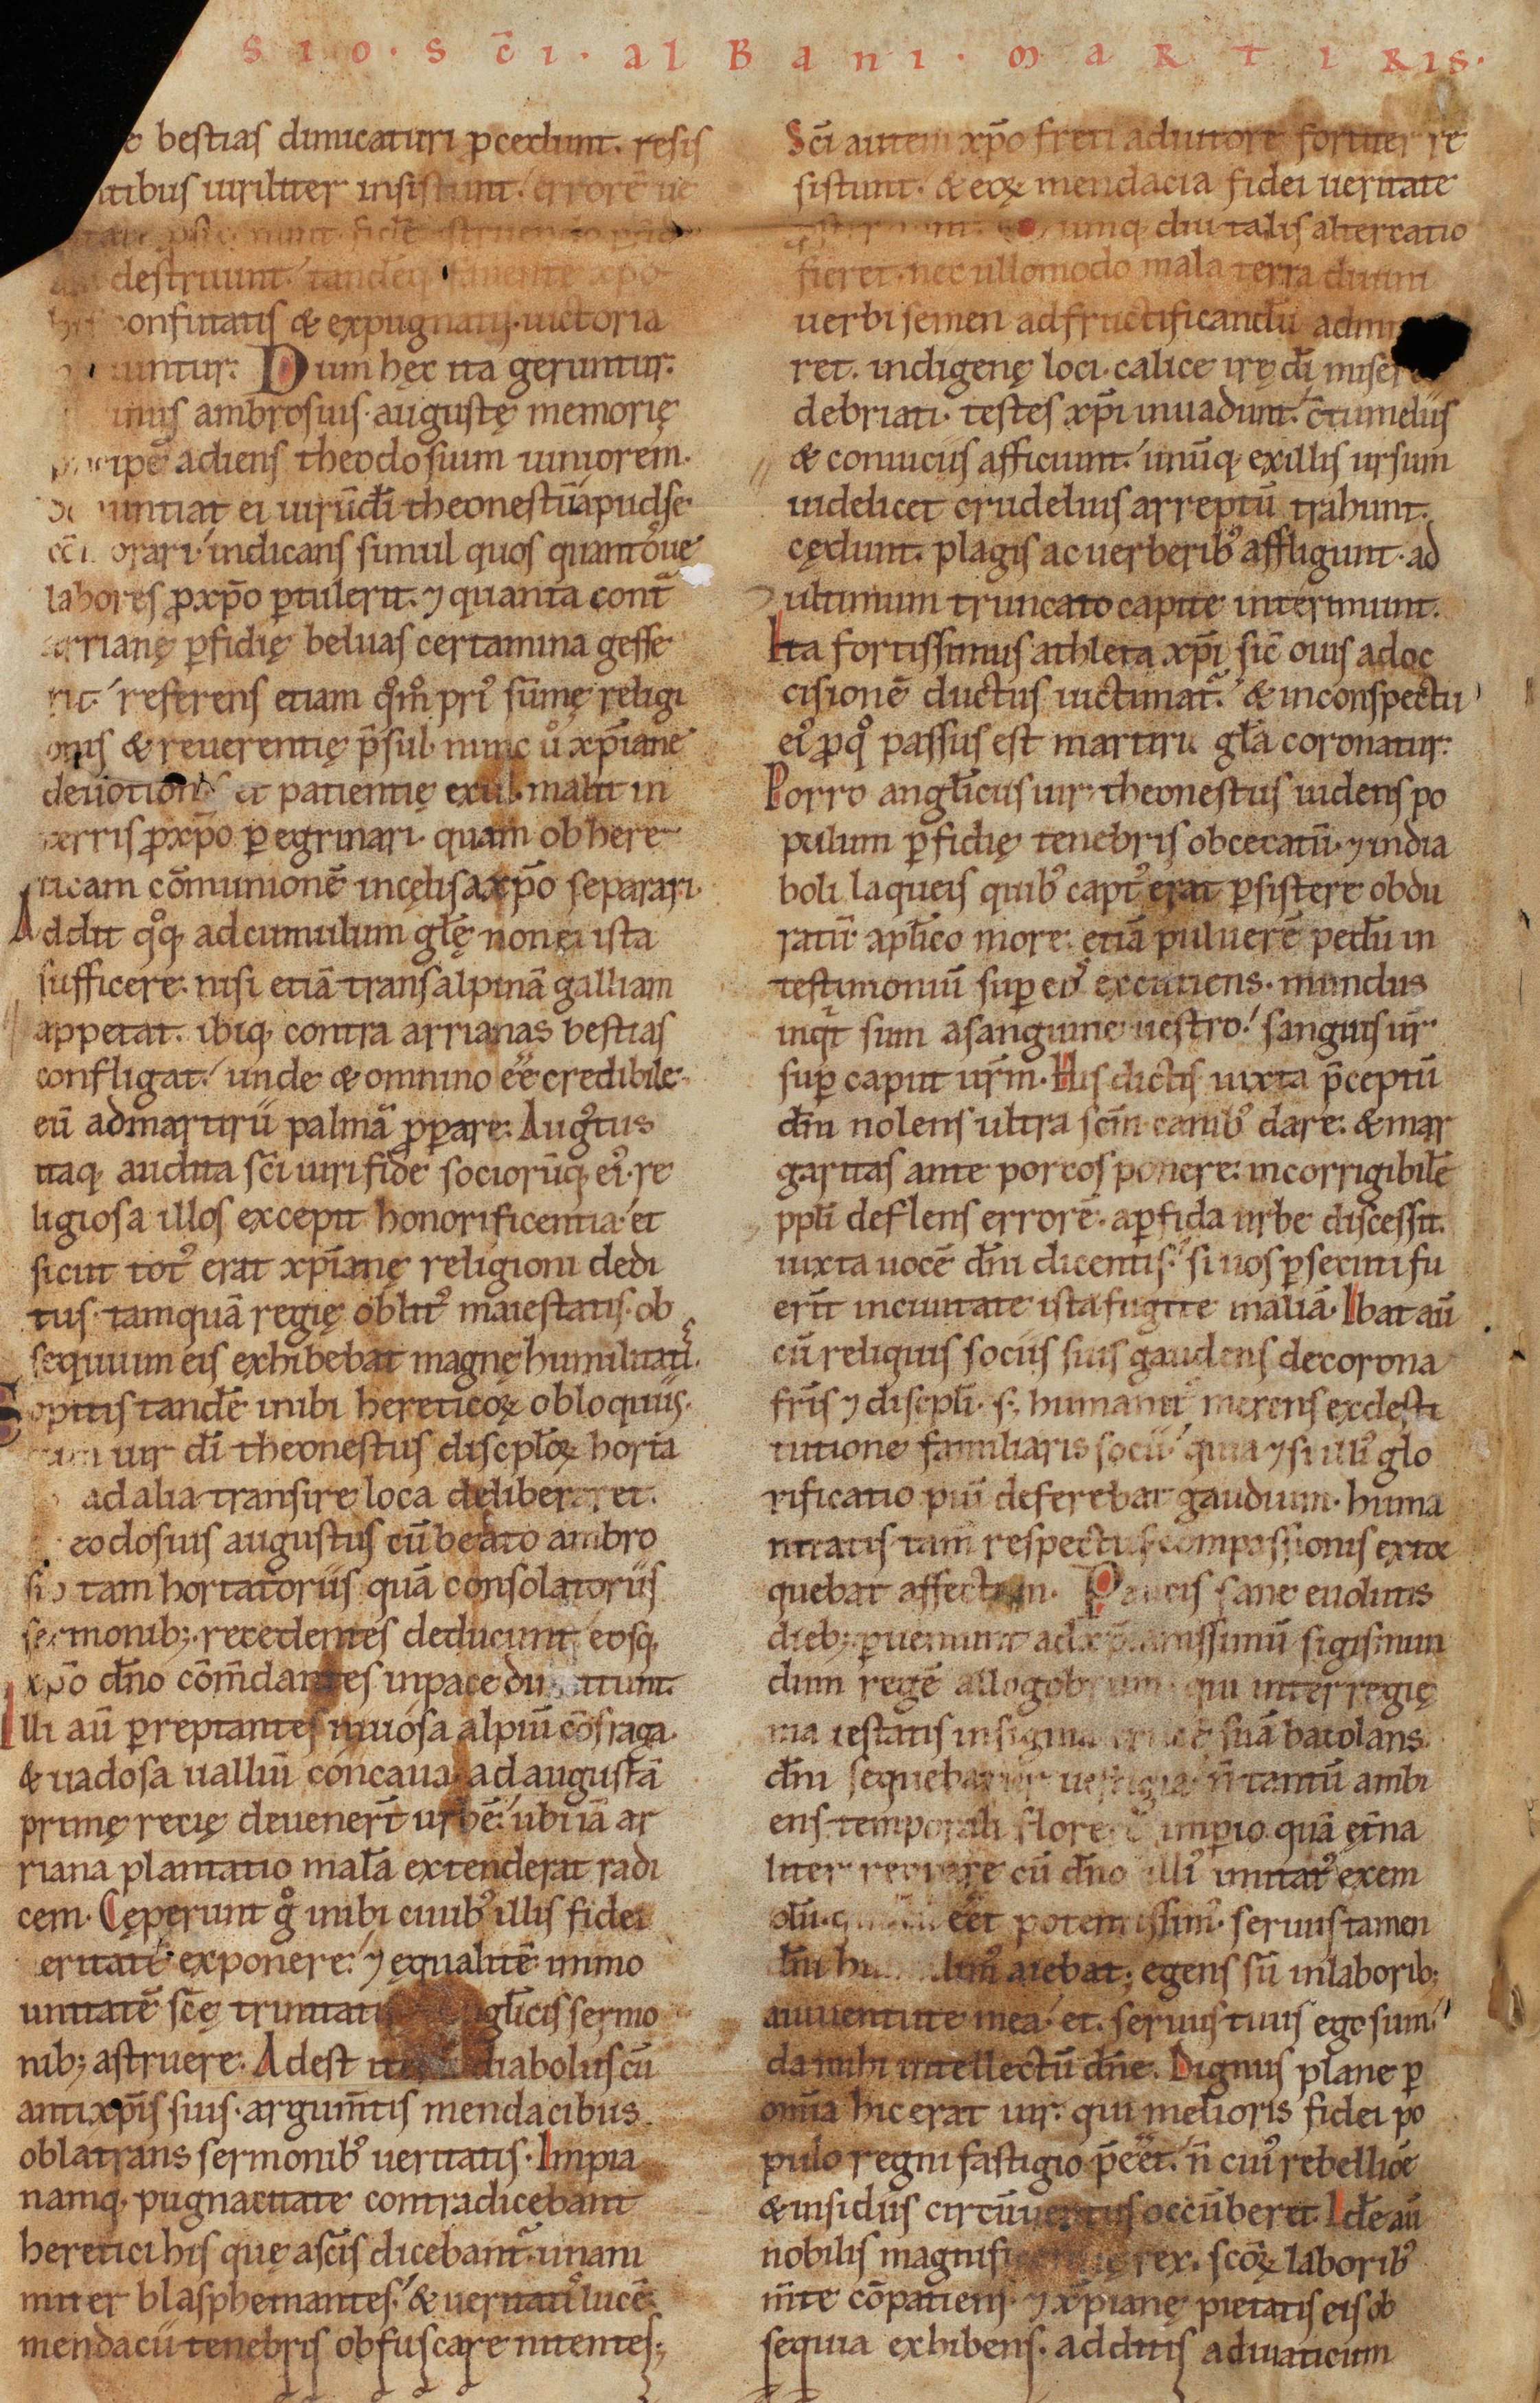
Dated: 1140–1170